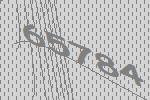
65784